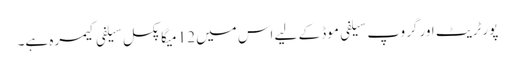
پورٹریٹ اور گروپ سیلفی موڈ کے لیے اس میں 12 میگا پکسل سیلفی کیمرہ ہے۔